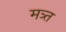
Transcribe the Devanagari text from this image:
मत्र्त